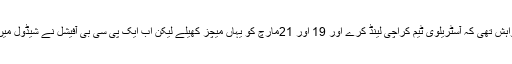
پروگرام کے مطابق پہلے 19مارچ سے شروع ہونا تھی تاہم پی سی بی کی خواہش تھی کہ آسٹریلوی ٹیم کراچی لینڈ کرے اور 19 اور 21مارچ کو یہاں میچز کھیلے لیکن اب ایک پی سی بی آفیشل نے شیڈول میں ترمیم کے بعد اس سیریز کو 31مارچ سے کھیلے جانے کی تصدیق کی ہے۔